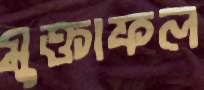
মুক্তাফল